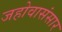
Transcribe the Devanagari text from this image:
जहोवासंसार